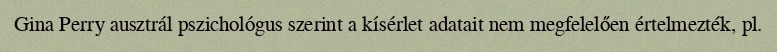
Gina Perry ausztrál pszichológus szerint a kísérlet adatait nem megfelelően értelmezték, pl.